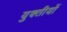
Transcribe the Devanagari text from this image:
युक्तीयों